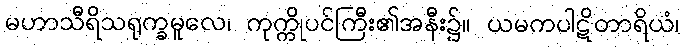
မဟာသီရိသရုက္ခမူလေ၊ ကုက္ကိုပင်ကြီး၏အနီး၌။ ယမကပါဋိတာရိယံ၊